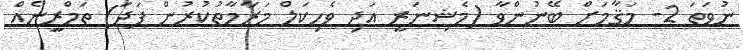
ނުވަތަ 2- މަޤާމަށް ބޭނުންވާ (މެޝިނަރީ އަދި ވެހިކަލް މަރާމާތުކުރުން ފަދަ) ތަމްރީނެއް